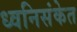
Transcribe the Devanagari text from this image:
ध्वनिसंकेत